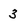
Character: 3